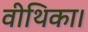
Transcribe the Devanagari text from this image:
वीथिका।